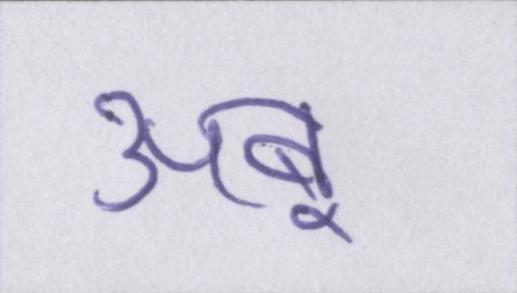
अबू